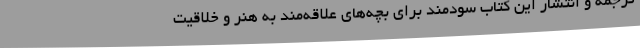
ترجمه و انتشار این کتاب سودمند برای بچه‌های علاقه‌مند به هنر و خلاقیت